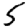
Digit: 5